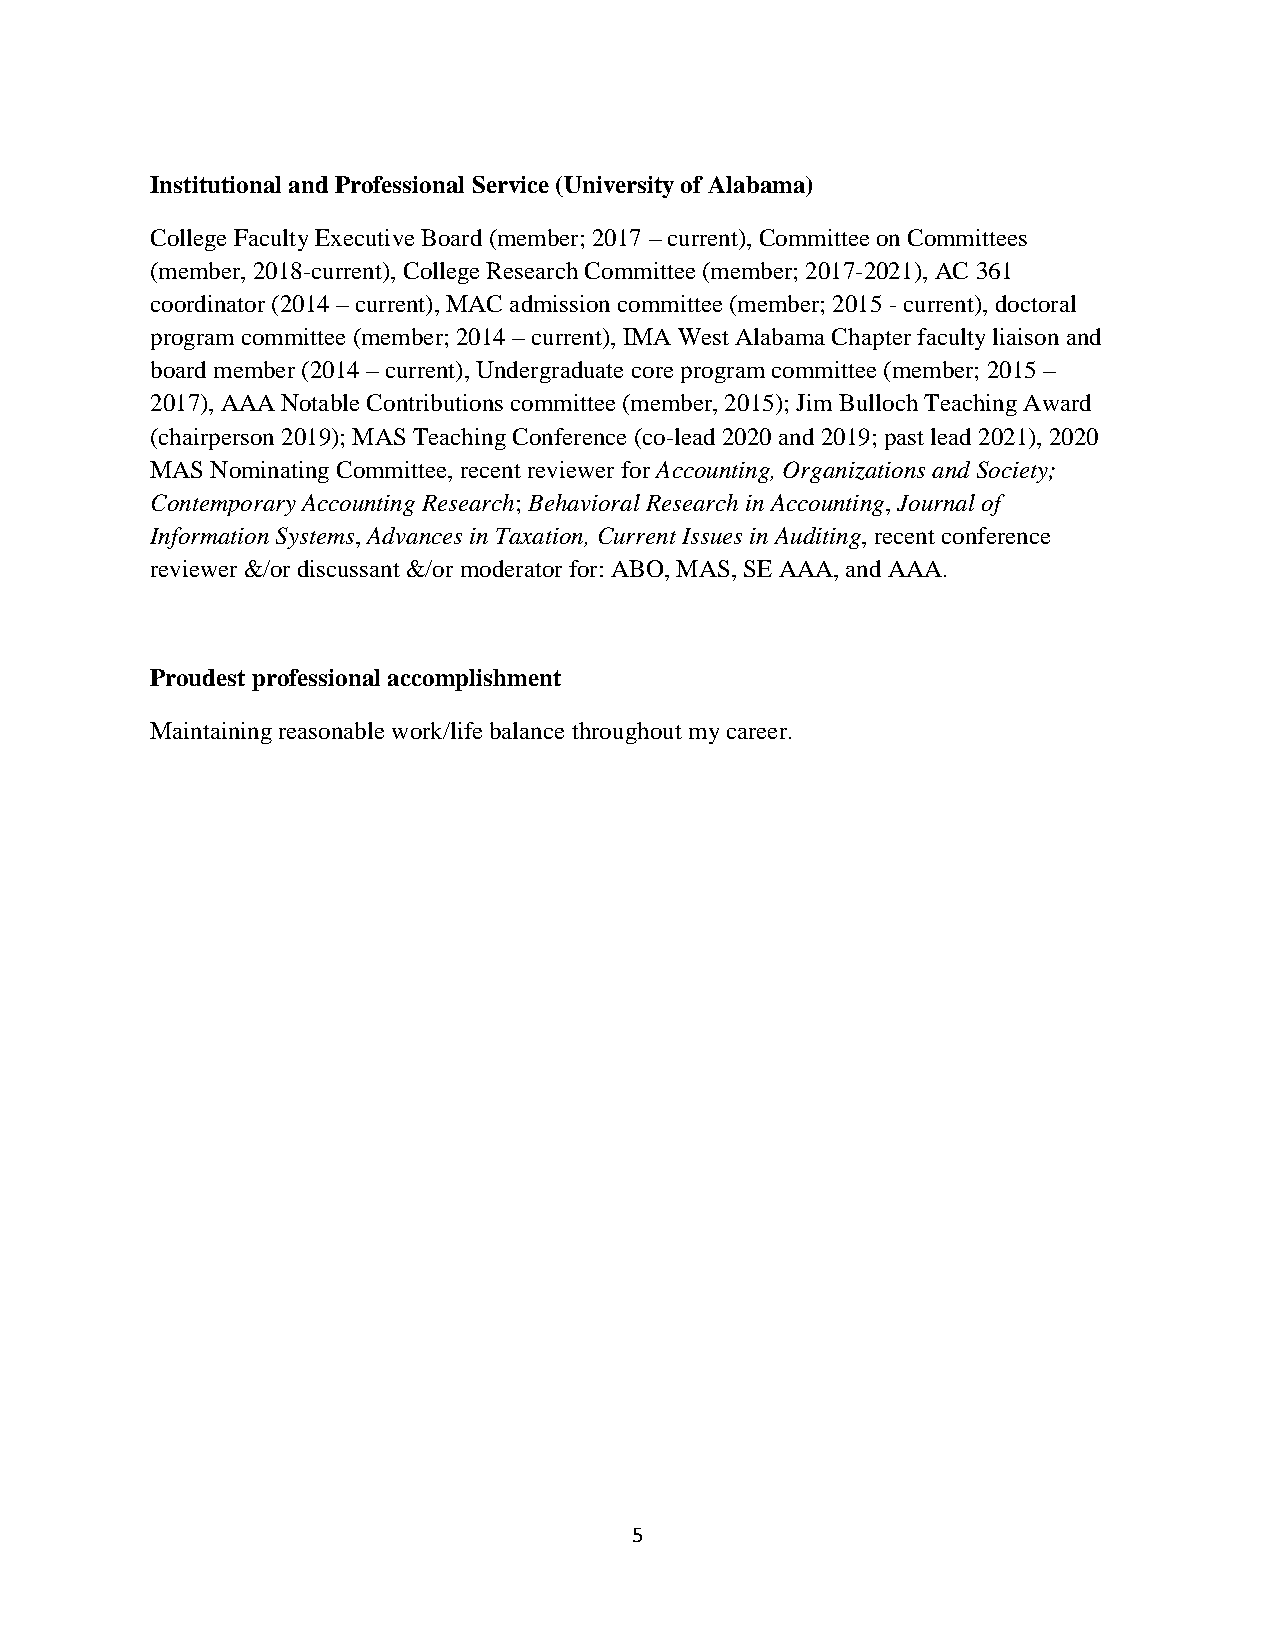
Institutional and Professional Service (University of Alabama)
 College Faculty Executive Board (member; 2017 – current), Committee on Committees
 (member, 2018-current), College Research Committee (member; 2017-2021), AC 361
 coordinator (2014 – current), MAC admission committee (member; 2015 - current), doctoral
 program committee (member; 2014 – current), IMA West Alabama Chapter faculty liaison and
 board member (2014 – current), Undergraduate core program committee (member; 2015 –
 2017), AAA Notable Contributions committee (member, 2015); Jim Bulloch Teaching Award
 (chairperson 2019); MAS Teaching Conference (co-lead 2020 and 2019; past lead 2021), 2020
 MAS Nominating Committee, recent reviewer for Accounting, Organizations and Society;
 Contemporary Accounting Research; Behavioral Research in Accounting, Journal of
 Information Systems, Advances in Taxation, Current Issues in Auditing, recent conference
 reviewer &/or discussant &/or moderator for: ABO, MAS, SE AAA, and AAA.
 Proudest professional accomplishment
 Maintaining reasonable work/life balance throughout my career.
 5